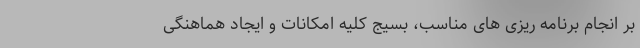
بر انجام برنامه ریزی های مناسب، بسیج کلیه امکانات و ایجاد هماهنگی